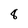
Character: 8